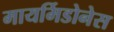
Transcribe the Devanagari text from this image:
मायर्मिडोनेस